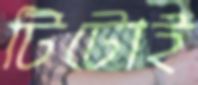
টিটোই